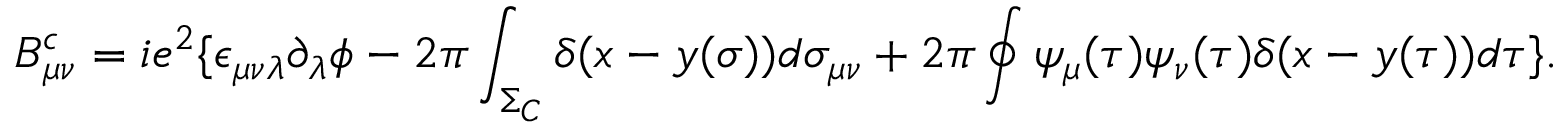
B _ { \mu \nu } ^ { c } = i e ^ { 2 } \{ \epsilon _ { \mu \nu \lambda } \partial _ { \lambda } \phi - 2 \pi \int _ { \Sigma _ { C } } \delta ( x - y ( \sigma ) ) d \sigma _ { \mu \nu } + 2 \pi \oint \psi _ { \mu } ( \tau ) \psi _ { \nu } ( \tau ) \delta ( x - y ( \tau ) ) d \tau \} .